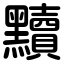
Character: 黷